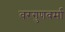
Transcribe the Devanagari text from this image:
वरगुणवर्मा